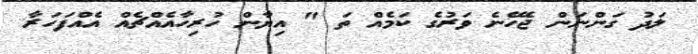
ލަދު ގަންނަން ޖެހޭނެ ވަރުގެ ކަމެއް ތަ " އިޔާން ހުރިހާއެއްޗެއް އެއްފަހަރާ